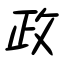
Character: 政